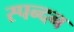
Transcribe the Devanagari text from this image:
स्‍पन्‍दन